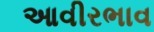
આવીરભાવ